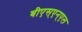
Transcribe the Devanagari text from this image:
बीएस्‌एन्‌एल